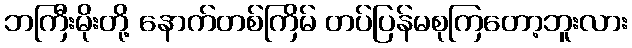
ဘကြီးမိုးတို့ နောက်တစ်ကြိမ် တပ်ပြန်မစုကြတော့ဘူးလား